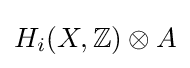
H_{i}(X,\mathbb {Z} )\otimes A